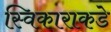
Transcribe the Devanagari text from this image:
स्विकाराकडे